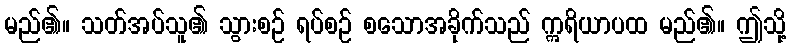
မည်၏။ သတ်အပ်သူ၏ သွားစဉ် ရပ်စဉ် စသောအခိုက်သည် ဣရိယာပထ မည်၏။ ဤသို့